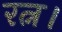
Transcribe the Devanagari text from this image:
रत्न।